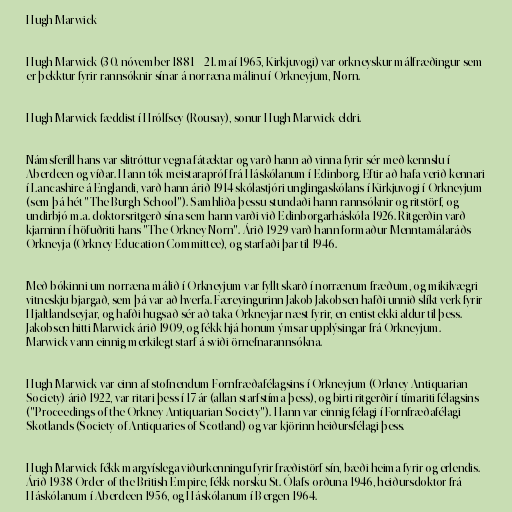
Hugh Marwick

Hugh Marwick (30. nóvember 1881 – 21. maí 1965, Kirkjuvogi) var orkneyskur málfræðingur sem
er þekktur fyrir rannsóknir sínar á norræna málinu í Orkneyjum, Norn.

Hugh Marwick fæddist í Hrólfsey (Rousay), sonur Hugh Marwick eldri.

Námsferill hans var slitróttur vegna fátæktar og varð hann að vinna fyrir sér með kennslu í
Aberdeen og víðar. Hann tók meistarapróf frá Háskólanum í Edinborg. Eftir að hafa verið kennari
í Lancashire á Englandi, varð hann árið 1914 skólastjóri unglingaskólans í Kirkjuvogi í Orkneyjum
(sem þá hét "The Burgh School"). Samhliða þessu stundaði hann rannsóknir og ritstörf, og
undirbjó m.a. doktorsritgerð sína sem hann varði við Edinborgarháskóla 1926. Ritgerðin varð
kjarninn í höfuðriti hans "The Orkney Norn". Árið 1929 varð hann formaður Menntamálaráðs
Orkneyja (Orkney Education Committee), og starfaði þar til 1946.

Með bókinni um norræna málið í Orkneyjum var fyllt skarð í norrænum fræðum, og mikilvægri
vitneskju bjargað, sem þá var að hverfa. Færeyingurinn Jakob Jakobsen hafði unnið slíkt verk fyrir
Hjaltlandseyjar, og hafði hugsað sér að taka Orkneyjar næst fyrir, en entist ekki aldur til þess.
Jakobsen hitti Marwick árið 1909, og fékk hjá honum ýmsar upplýsingar frá Orkneyjum.
Marwick vann einnig merkilegt starf á sviði örnefnarannsókna.

Hugh Marwick var einn af stofnendum Fornfræðafélagsins í Orkneyjum (Orkney Antiquarian
Society) árið 1922, var ritari þess í 17 ár (allan starfstíma þess), og birti ritgerðir í tímariti félagsins
("Proceedings of the Orkney Antiquarian Society"). Hann var einnig félagi í Fornfræðafélagi
Skotlands (Society of Antiquaries of Scotland) og var kjörinn heiðursfélagi þess.

Hugh Marwick fékk margvíslega viðurkenningu fyrir fræðistörf sín, bæði heima fyrir og erlendis.
Árið 1938 Order of the British Empire, fékk norsku St. Ólafs-orðuna 1946, heiðursdoktor frá
Háskólanum í Aberdeen 1956, og Háskólanum í Bergen 1964.